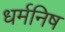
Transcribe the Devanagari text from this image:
धर्मनिष